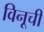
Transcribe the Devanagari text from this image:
विनूची